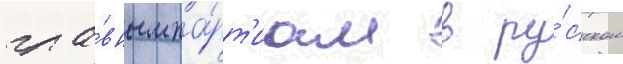
гла́вным па́рт'иам в ру́сском